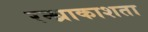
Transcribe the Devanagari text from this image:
रन्ध्राकाशता